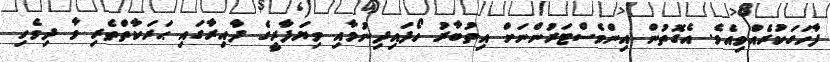
ފާހަގަކުރެއްވިއެވެ. އެގޮތުން އިންވެސްޓަރުންނަށް އިތުބާރު ހޯދައިދިނުމާއި ވިޔަފާރީގެ ދާއިރާގައި ޙަރަކާތްތެރި ވާ ދިވެހި